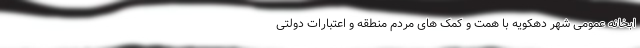
ابخانه عمومی شهر دهکویه با همت و کمک های مردم منطقه و اعتبارات دولتی